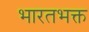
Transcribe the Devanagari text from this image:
भारतभक्त